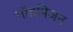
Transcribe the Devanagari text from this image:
गॉडपिजन